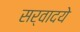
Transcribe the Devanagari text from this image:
सर्वादये